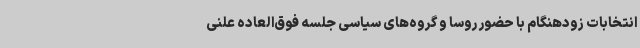
انتخابات زودهنگام با حضور روسا و گروه‌های سیاسی جلسه فوق‌العاده علنی